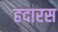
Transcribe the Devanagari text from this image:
हदारस